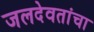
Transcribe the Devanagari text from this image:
जलदेवतांचा